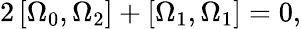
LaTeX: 2\left[\Omega_{0},\Omega_{2}\right]+\left[\Omega_{1},\Omega_{1}\right]=0,